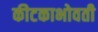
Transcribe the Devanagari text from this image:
कीटकाभोवती